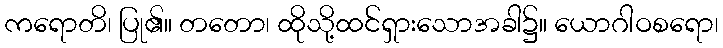
ကရောတိ၊ ပြု၏။ တတော၊ ထိုသို့ထင်ရှားသောအခါ၌။ ယောဂါဝစရော၊